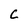
Character: C